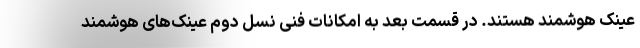
عینک هوشمند هستند. در قسمت بعد به امکانات فنی نسل دوم عینک‌های هوشمند